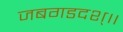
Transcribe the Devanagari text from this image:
जबगडदश्॥